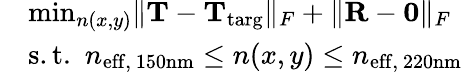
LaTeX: \begin{array}{rl}&{\operatorname*{min}_{n(x,y)}\lVert\mathbf{T}-\mathbf{T}_{\mathrm{targ}}\rVert_{F}+\lVert\mathbf{R}-\mathbf{0}\rVert_{F}}\\ &{\mathrm{s.t.}\ \ n_{\mathrm{eff,~150nm}}\leq n(x,y)\leq n_{\mathrm{eff,~220nm}}}\end{array}